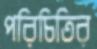
পরিচিতির